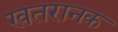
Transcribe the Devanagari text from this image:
खतरानक